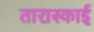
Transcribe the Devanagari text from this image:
तारास्काई